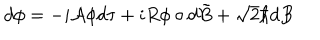
d \phi = - i { \cal A } \phi d \tau + i R \phi \circ d \tilde { B } + \sqrt { 2 } \hbar d B